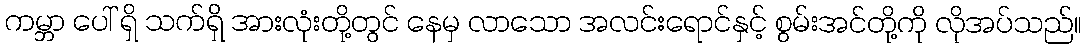
ကမ္ဘာ ပေါ် ရှိ သက်ရှိ အားလုံးတို့တွင် နေမှ လာသော အလင်းရောင်နှင့် စွမ်းအင်တို့ကို လိုအပ်သည်။